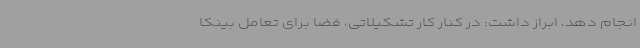
انجام دهد، ابراز داشت: در کنار کار تشکیلاتی، فضا برای تعامل بینکا